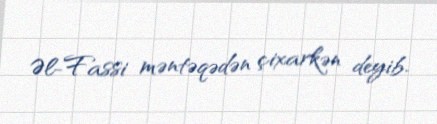
Əl-Fassi məntəqədən çixarkən deyib.